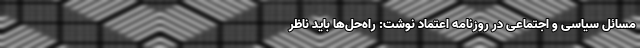
مسائل سیاسی و اجتماعی در روزنامه اعتماد نوشت: راه‌حل‌ها باید ناظر